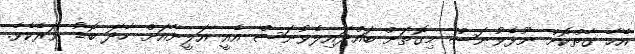
އެހާ ގާތްކޮށް ނޫޅެވުނަސް މިގޮތަށް ބައްދައިލެވުނަސް އެއީ އަލީނާއަށް ހާދަ ބޮޑު ވަރެކެވެ.